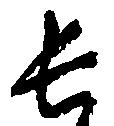
長